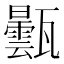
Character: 𤮦